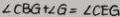
\angle C B G + \angle G = \angle C E G